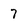
Character: 7